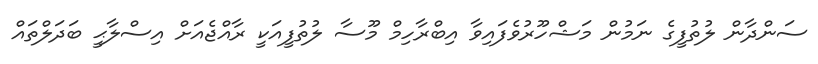
ސަންދާން ލުތުފީގެ ނަމުން މަޝްހޫރުވެފައިވާ އިބްރާހިމް މޫސާ ލުތުފީއަކީ ރާއްޖެއަށް އިސްލާޙީ ބަދަލްތައް